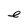
Character: e